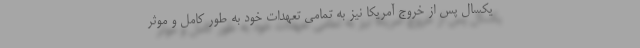
یکسال پس از خروج آمریکا نیز به تمامی تعهدات خود به طور کامل و موثر